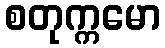
စတုက္ကမော